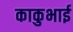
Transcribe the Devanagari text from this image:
काकुभाई